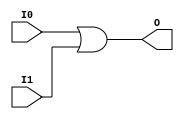
// (c) Aldec, Inc.
// All rights reserved.
//
// $Revision: 92945 $

`timescale 1ps / 1ps

// OR2 gate
module OR2 (I0, I1, O);
input  I0;
input  I1;
output O;
assign O = I0 | I1;
endmodule

// AND2 gate
module AND2 (I0, I1, O);
input  I0;
input  I1;
output O;
assign O = I0 & I1;
endmodule

// INV gate
module INV (I, O);
input  I;
output O;
assign O = ~I;
endmodule